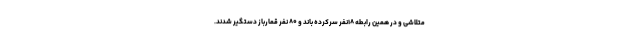
متلاشی و در همین رابطه ۱۸نفر سرکرده باند و ۸۰ نفر قمارباز دستگیر شدند.